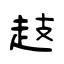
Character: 䞚